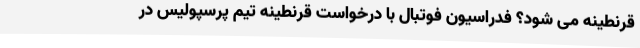
قرنطینه می شود؟ فدراسیون فوتبال با درخواست قرنطینه تیم پرسپولیس در